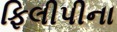
ફિલીપીના